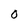
Character: 0